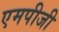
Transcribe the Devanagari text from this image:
एमपीजी